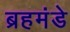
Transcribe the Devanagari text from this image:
ब्रहमंडे